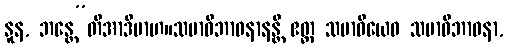
နူန, ဘန္တေ”တိအာဒိမာဟ။သမာဓိဘာဝနာနန္တိ ဧတ္ထ သမာဓိယေဝ သမာဓိဘာဝနာ,